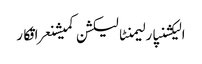
الیکشنپارلیمنٹالیکشن کمیشنعراقکار